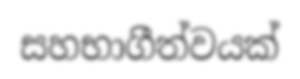
සහභාගීත්වයක්